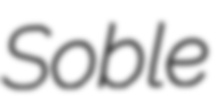
Soble